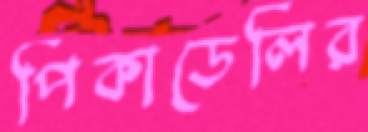
পিকাডেলির